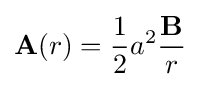
\mathbf {A} (r)={\frac {1}{2}}a^{2}{\frac {\mathbf {B} }{r}}